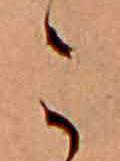
こ